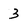
Character: 3